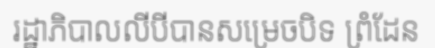
រដ្ឋាភិបាលលីបីបានសម្រេចបិទ ព្រំដែន